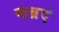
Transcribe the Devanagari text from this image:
कब्रएं